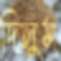
দিলুম